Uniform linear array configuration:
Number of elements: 64
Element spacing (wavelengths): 0.75
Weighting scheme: kaiser
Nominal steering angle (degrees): -60
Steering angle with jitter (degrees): -58.082
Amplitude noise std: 0.05
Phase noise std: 0.05

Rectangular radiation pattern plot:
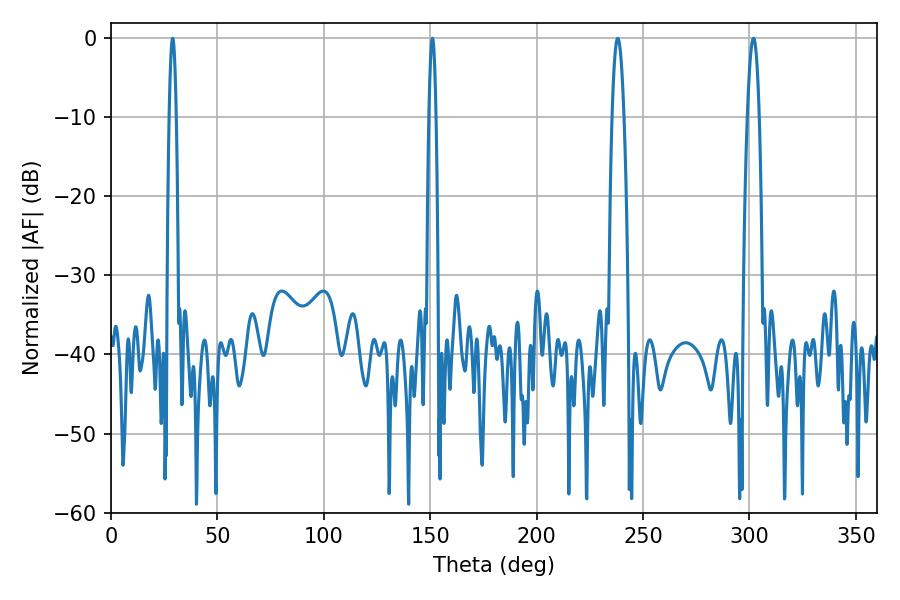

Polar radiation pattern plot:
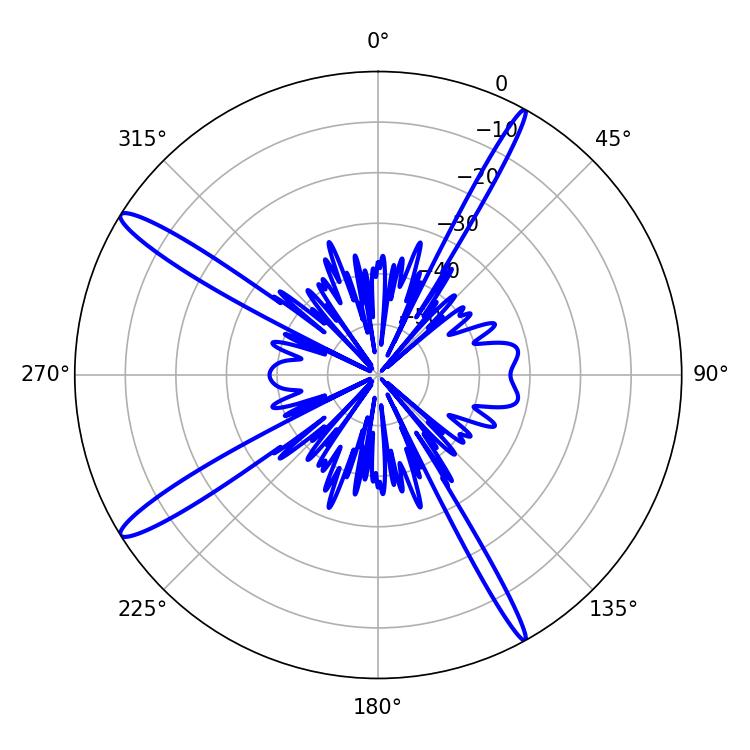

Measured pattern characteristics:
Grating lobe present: TRUE
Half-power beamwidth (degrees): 1.8
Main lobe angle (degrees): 151.02